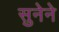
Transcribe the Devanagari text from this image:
सुनेने